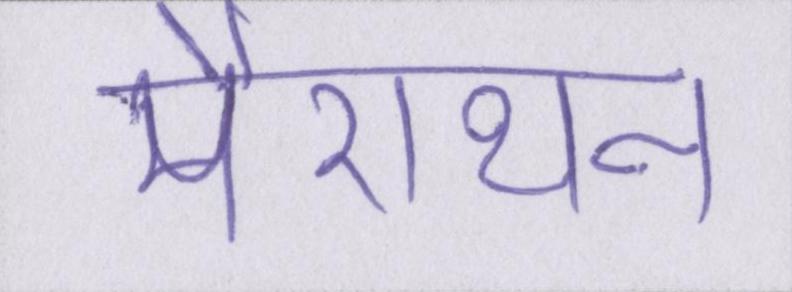
मैराथन